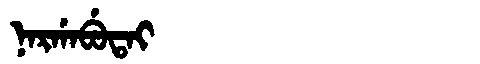
Manchu: ᠨᠠᡵᡤᠠᠪᡠᡨᠠᡳ
Romanization: NARGABUTAI